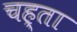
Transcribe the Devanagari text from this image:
चह्ता